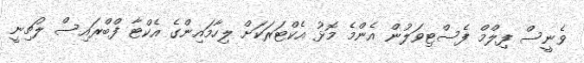
ވެނީސް ފިލްމް ފެސްޓިވަލުން އެންމެ މޮޅު އެކްޓަރަކަށް ލިހާމައިންގެ އެކްޓާ ފްބްރައިސް ލުޗިނީ